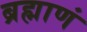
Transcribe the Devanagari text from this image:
ब्रह्माणं